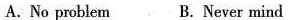
A.No problem B. Never mind